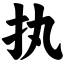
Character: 执